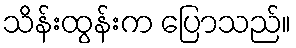
သိန်းထွန်းက ပြောသည်။